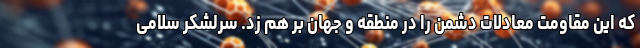
که این مقاومت معادلات دشمن را در منطقه و جهان بر هم زد. سرلشکر سلامی